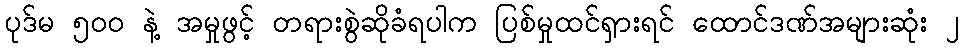
ပုဒ်မ ၅၀၀ နဲ့ အမှုဖွင့် တရားစွဲဆိုခံရပါက ပြစ်မှုထင်ရှားရင် ထောင်ဒဏ်အများဆုံး ၂